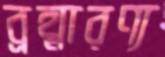
ব্রহ্মারণ্য